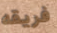
فريقه